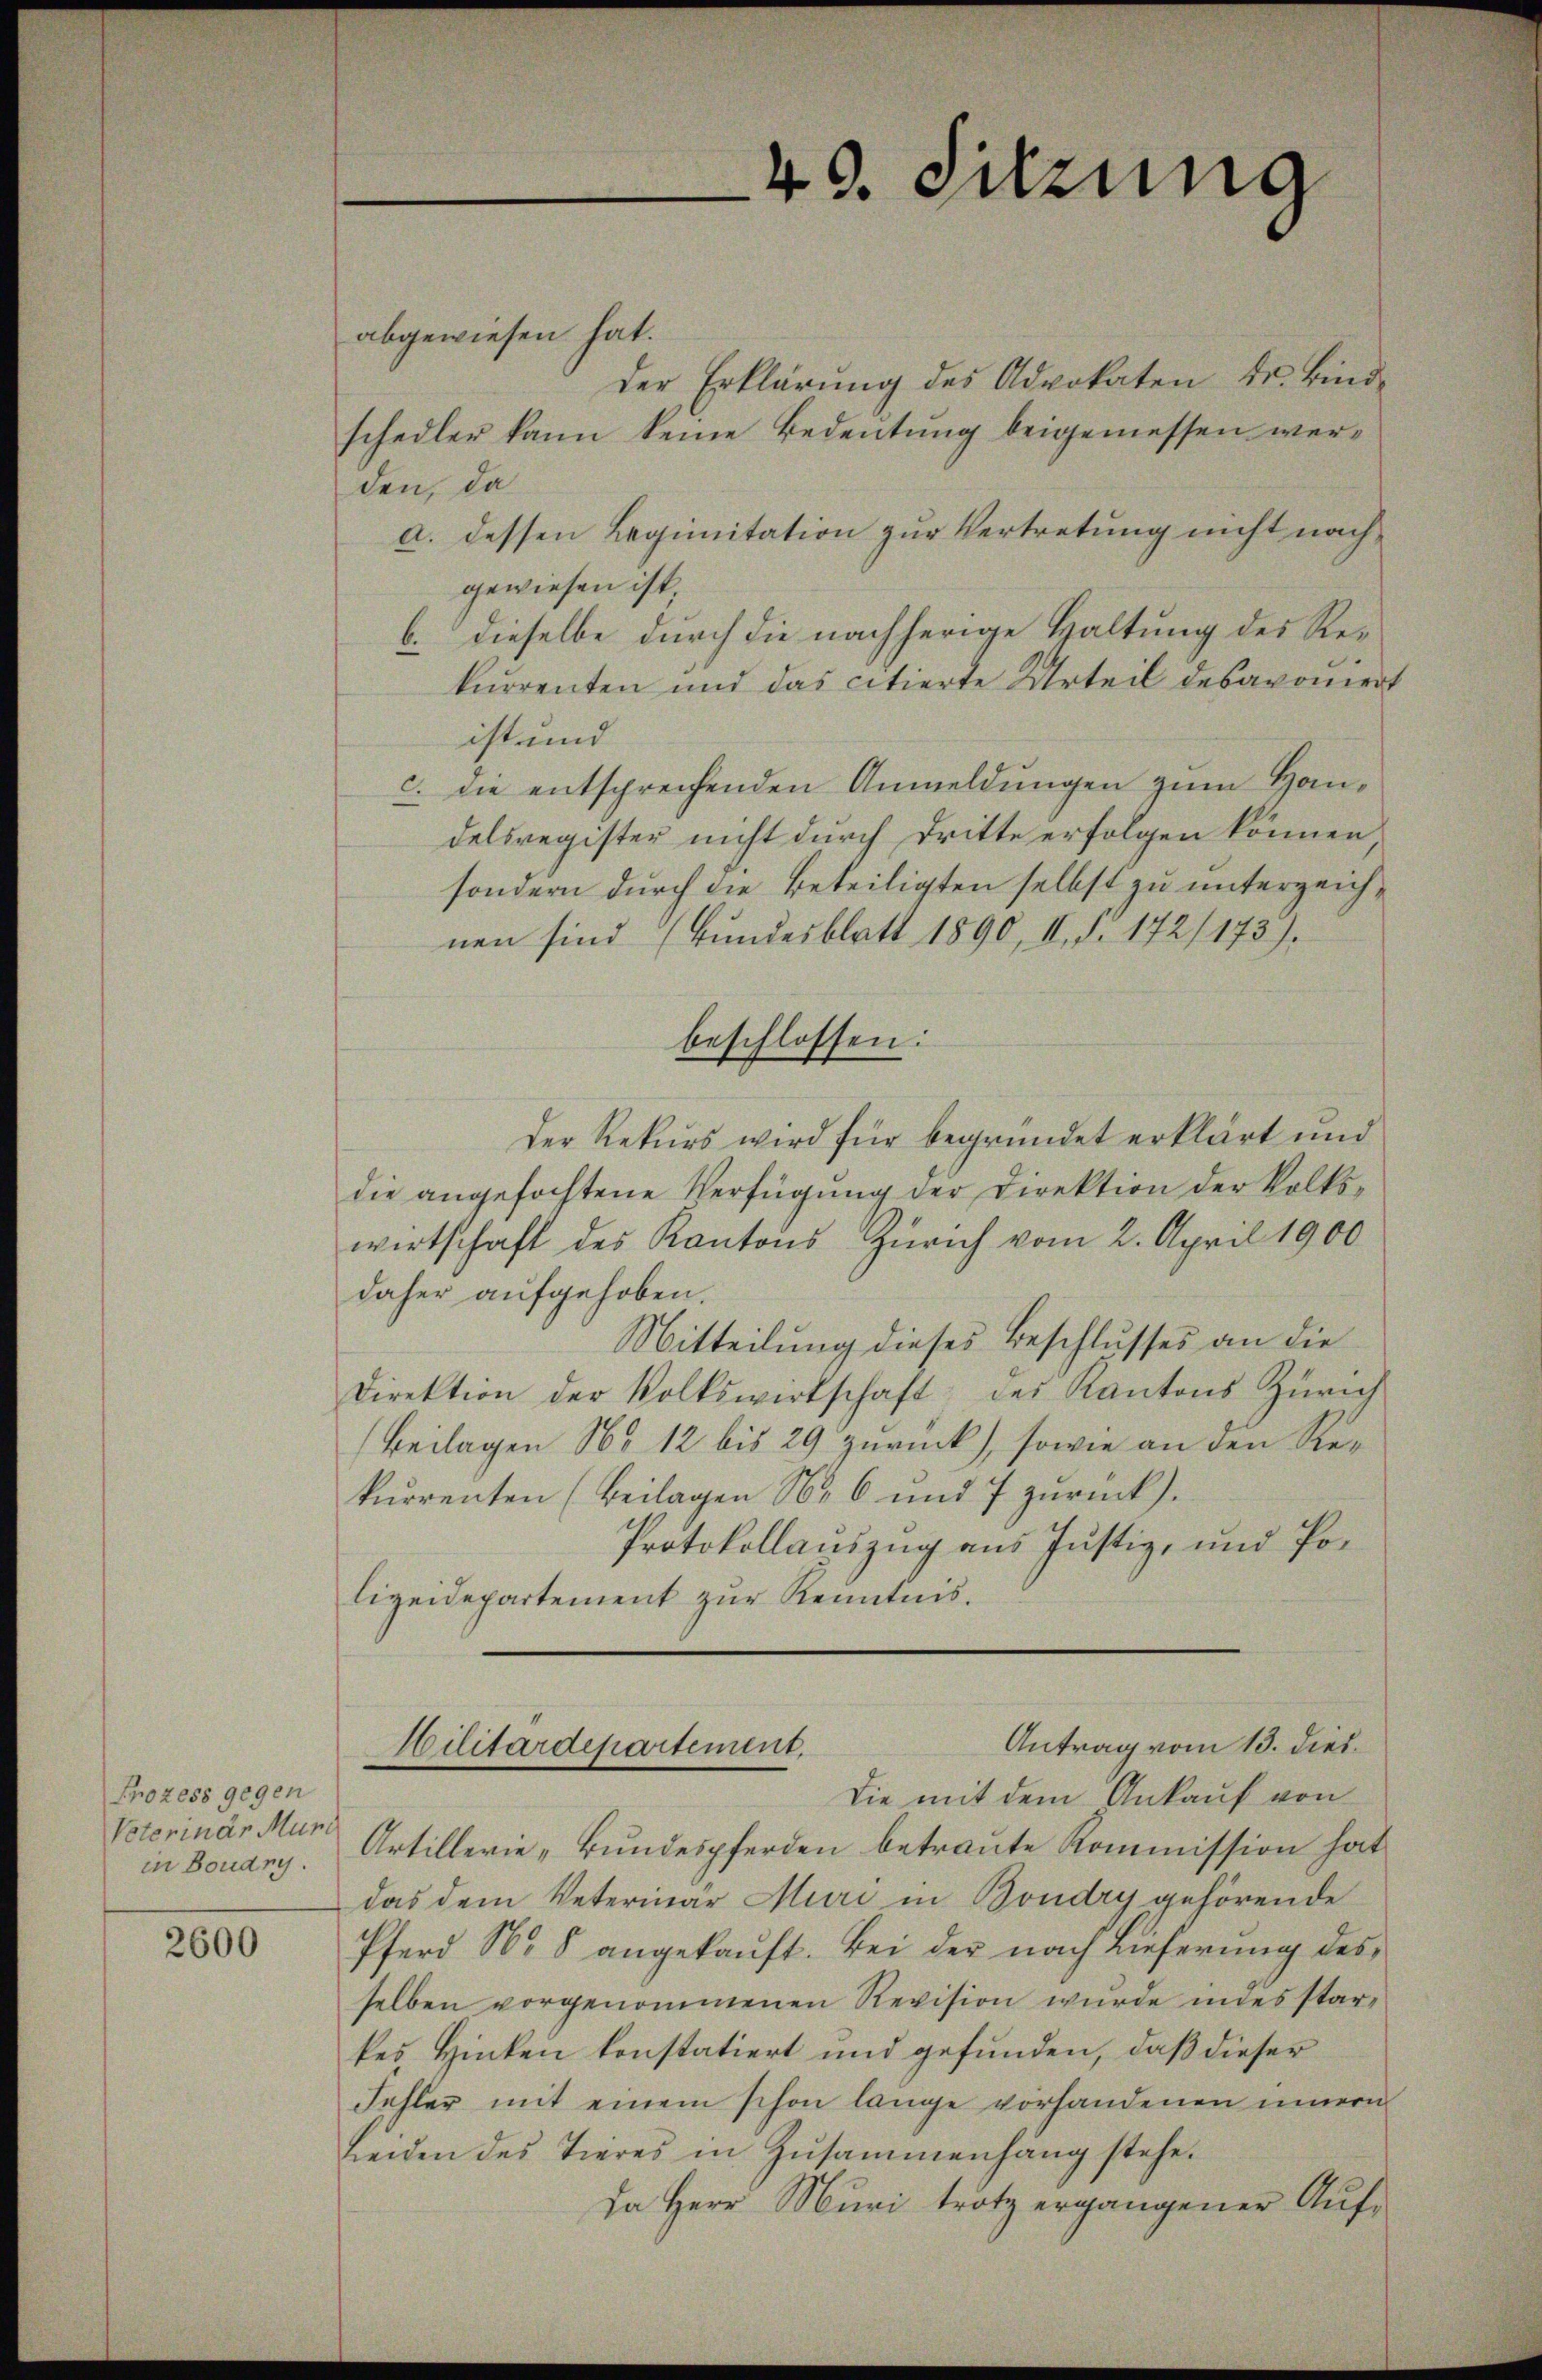
Prozess gegen
Veterinar Muni
in Boudry.

2600

abgewiesen hat.
der Erklärung des Advokaten dr. Bindschedler kann keine Bedeutung beigemessen werden, da
a. dessen Legimitation zur Vertretung nicht nachgewiesen ist,
b. dieselbe durch die nachherige Haltung des Rekurrenten und das citierte Urteil desaroment
ist und
c. die entsprechenden Anmeldungen zum Handelsregister nicht durch Dritte erfolgen können
sondern durch die Beteiligten selbst zu unterzeichnen sind (Bundesblatt 1890, II. d. 172/173).
beschlossen:
Der Rekurs wird für begründet erklärt und
die angefochtene Verfügŭng der Direktion der Volks-
wirtschaft des Kantons Zürich vom 2. April 1900
daher aufgehoben.
Mitteilung dieses Beschlusses an die
Direktion der Volkswirtschaft des Kantons Zürich
Beilagen No 12 bis 29 zurück), sowie an den Rekurrenten (Beilagen Nr. 6 und 7 zurück).
Protokollauszug aus Justiz- und Polizeidepartement zur Kenntnis.

Die mit dem Ankauf von
Artillerie „Bundespferden betraute Kommission hat
das dem Veterinär Muri in Bondry gehörende
Pferd No. 8 angekaŭft. Bei der nach Lieferung des
selben vorgenommenen Revision wurde ines starkes Hinken konstatiert und gefunden, daß dieser
Fehler mit einem schon lange vorhandenen innern
beiden des Tieres in Zusammenhang stehe.
Da Herr Muri trotz ergangener Auf-

40. Sitzung

Antrag vom 13. dies¬
Militärdepartement.